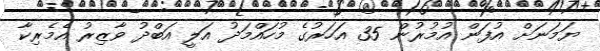
ޔަމަނަށް އުފަން އުމުރުން 35 އަހަރުގެ މުހައްމަދު އަލީ އަބްދު ވާޒިރު އެމެރިކާ